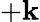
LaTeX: +\mathbf{k}